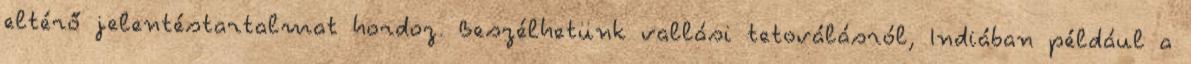
eltérő jelentéstartalmat hordoz. Beszélhetünk vallási tetoválásról, Indiában például a